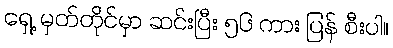
ရှေ့ မှတ်တိုင်မှာ ဆင်းပြီး ၅၆ ကား ပြန် စီးပါ။